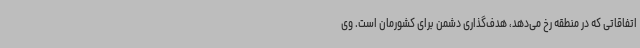
اتفاقاتی که در منطقه رخ می‌دهد، هدف‌گذاری دشمن برای کشورمان است. وی